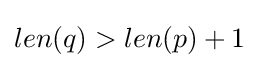
len(q)>len(p)+1